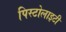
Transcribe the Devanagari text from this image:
पिस्टोलाइटी